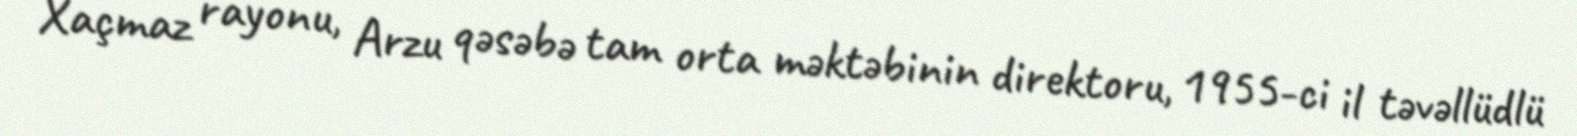
Xaçmaz rayonu, Arzu qəsəbə tam orta məktəbinin direktoru, 1955-ci il təvəllüdlü